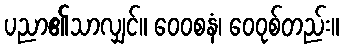
ပညာ၏သာလျှင်။ ဝေဝစနံ၊ ဝေဝုစ်တည်း။